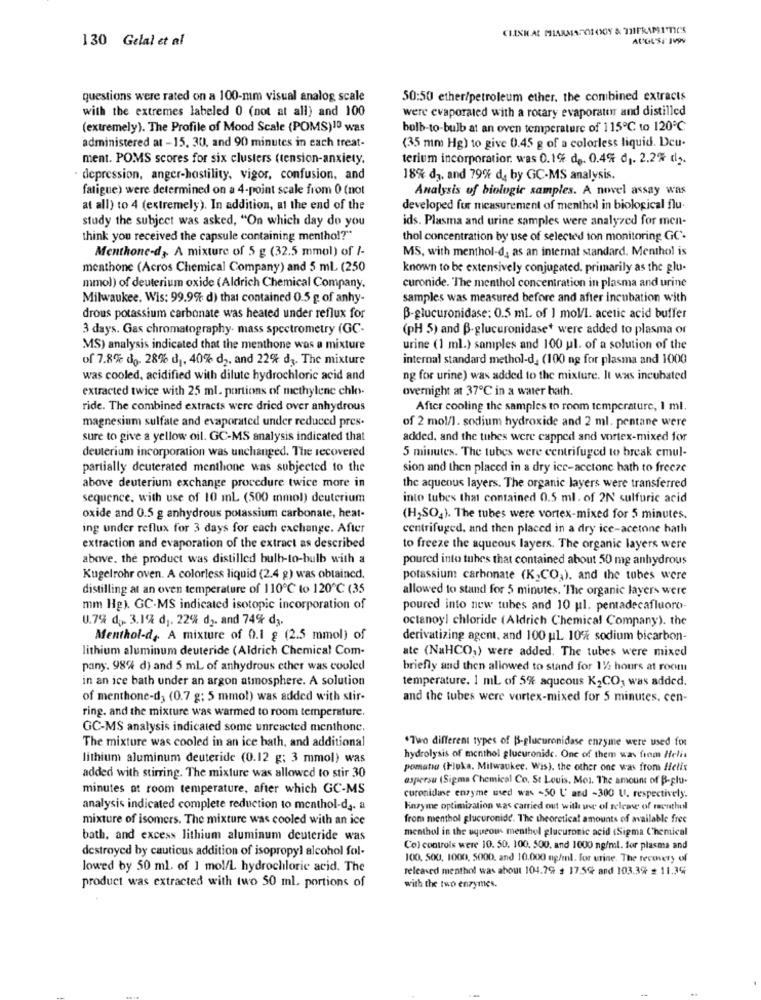
130 Gelal et al
questions were rated on a 100-mm visual analog scale
50:50 ether/petroleum ether. the combined extracts
with the extremes labeled 0 (not at all) and 100
were evaporated with a rotary evaporator and distilled
(extremely). The Profile of Mood Scale (POMS)10 was
bolb-to-bulb at an oven temperature of 115℃ to 120℃
(35 mm Hg) to give 0.45 g of a colorless liquid. Dcu-
administered at -15. 30, and 90 minutes in each treat-
ment. POMS scores for six clusters (tension-anxiety.
terium incorporatior. was 0.1% de. 0.4% d1. 2.2% d2.
· depression, anger-hostility, vigor, confusion, and
18% d3, and 79% da by GC-MS analysis.
fatigue) were determined on a 4-point scale from 0 (not
Analysis of biologie samples. A novel assay was
at all) to 4 (extremely). In addition, at the end of the
developed fur measurement of menthol in biological flu.
study the subject was asked, "On which day do you
ids. Plasma and urine samples were analyzed for men-
think you received the capsule containing menthol?"
thol concentration by use of selected ton monitoring GC'.
Menthone-d ,. A mixture of 5 g (32.5 mmol) of /-
MS, with menthol-d, as an internal standard. Menthol is
menthone (Acros Chemical Company) and 5 ml (250
known to be extensively conjugated, primarily as the glu-
mmol) of deuterium oxide (Aldrich Chemical Company.
curonide. The menthol concentration in plasma and urine
Milwaukee, Wis: 99.9% d) that contained 0.5 g of anhy-
samples was measured before and after incubation with
drous potassium carbonate was heated under reflux for
B-glucuronidase: 0.5 ml. of 1 mol/l. acetic acid buffer
3 days. Gas chromatography- mass spectrometry (GC-
(pH 5) and B-glucuronidase* were added to plasma or
MS) analysis indicated that the menthone was a mixture
urine (1 ml.) samples and 100 ul. of a solution of the
of 7.8% do- 28% d1, 40% d2. and 22% d3. The mixture
internal standard methol-d. (100 ng for plasma and 1000
was cooled, acidified with dilute hydrochloric acid and
ng for urine) was added to the mixture. It was incubated
extracted twice with 25 ml. portions of methylene chlo-
overnight at 37℃ in a water bath.
ride. The combined extracts were dried over anhydrous
After cooling the samples to room temperature, 1 ml.
magnesium sulfate and evaporated under reduced pres-
of 2 mol/l. sodium hydroxide and 2 ml. pentane were
sure to give a yellow oil. GC-MS analysis indicated that
added, and the tubes were capped and vortex-mixed for
deuterium incorporation was unchanged. The recovered
5 minutes. The tubes were centrifuged to break emul-
partially deuterated menthone was subjected to the
sion and then placed in a dry ice-acctone hath to freeze
above deuterium exchange procedure twice more in
the aqueous layers. The organic layers were transferred
sequence, with use of 10 ml (500 mmol) deuterium
into tubes that contained 0.5 ml. of 2N' sulfuric acid
oxide and 0.5 g anhydrous potassium carbonate, heat-
(H2SO4). The tubes were vortex-mixed for 5 minutes.
ing under reflux for 3 days for each exchange. After
centrifuged, and then placed in a dry ice-acetone hath
extraction and evaporation of the extract as described
to freeze the aqueous layers. The organic layers were
above. the product was distilled bulb-to-bulb with a
poured into tubes that contained about 50 mg anhydrous
Kugelrohr oven. A colorless liquid (2.4 g) was obtained.
potassium carbonate (K,CO,), and the tubes were
distilling at an oven temperature of 110℃ to 120℃ (35
allowed to stand for 5 minutes. "The organic layers were
mm Hg). GC-MS indicated isotopic incorporation of
poured into new tubes and 10 ul. pentadecafluoro.
U.7% d ,. 3.1% d1. 22% d2. and 74% d3.
octanoyl chloride (Aldrich Chemical Company). the
Menthol-d, A mixture of 0.1 g (2.5 mmol) of
derivatizing agent, and 100 ul 10% sodium bicarbon-
lithium aluminum deuteride (Aldrich Chemical Com-
ate (NaHCO,) were added. The tubes were mixed
pany. 98% d) and 5 ml of anhydrous cther was cooled
briefly and then allowed to stand for 11/2 hours at room
in an ice bath under an argon atmosphere. A solution
temperature. 1 ml of 5% aqucous K2CO, was added.
of menthone-d3 (0.7 g; 5 mmol) was added with stir-
and the tubes were vortex-mixed for 5 minutes, cen-
ring. and the mixture was warmed to room temperature.
GC-MS analysis indicated some unreacted menthone.
*Two different types of B-glucuronidase enzyme were used for
The mixture was cooled in an ice bath, and additional
lithium aluminum deuteride (0.12 g; 3 mmol) was
hydrolysis of menthol glucuronide. One of them was from Helia
pomata (Hluka. Milwaukee. Wis), the other one was from Helix
added with stirring. The mixture was allowed to stir 30
aspersu (Sigma Chemical Co. St Louis, Mo1. The amount of B-glu-
minutes at room temperature, after which GC-MS
curonidase enzyme used was -50 L' and -300 U. respectively.
analysis indicated complete reduction to menthol-da. a
Finzyme optimization was carried out with wer of release of renthol
mixture of isomers. The mixture was cooled with an ice
from menthol glucuronide. The theoretical amounts of available free
menthol in the uqueous menthol glucuronic acid (Sigma Chemical
bath, and excess lithium aluminum deuteride was
destroyed by cautious addition of isopropyl alcohol fol-
Col controls were 10. 50. 100. 500, and 1000 ng/ml. for plasma and
100. 500, 1000, 5000. and 10.000 ng/ml. for urine. The recovery of
lowed by 50 ml. of 1 mol/L hydrochloric acid. The
Teleaved menthol was about 104.79 . 17.5% and 103.39 $ 11.39
product was extracted with two 50 ml. portions of
with the two enzymes.